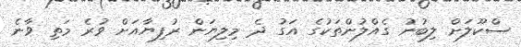
ސްކޫލަށް ލިބުނު ގެއްލުންތަކުގެ އަގު ދެ މިލިޔަން ރުފިޔާއަށް ވުރެ މަތި ވާނެ